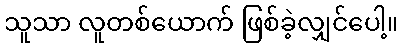
သူသာ လူတစ်ယောက် ဖြစ်ခဲ့လျှင်ပေါ့။